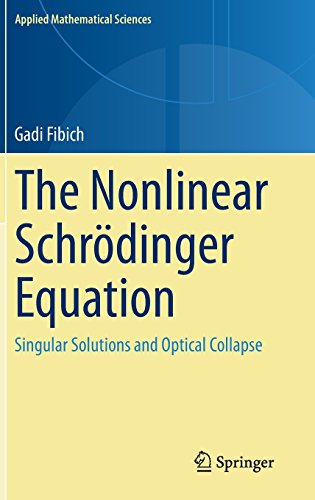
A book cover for The Nonlinear SchrÃ¶dinger Equation: Singular Solutions and Optical Collapse (Applied Mathematical Sciences); Gadi Fibich; Science & Math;